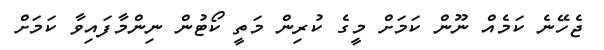
ޖެހޭނެ ކަމެއް ނޫން ކަމަށް މީގެ ކުރިން މަތީ ކޯޓުން ނިންމާފައިވާ ކަމަށް